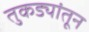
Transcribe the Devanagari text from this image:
तुकड्यांतून